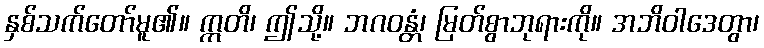
နှစ်သက်တော်မူ၏။ ဣတိ၊ ဤသို့။ ဘဂဝန္တံ၊ မြတ်စွာဘုရားကို။ အဘိဝါဒေတွာ၊